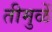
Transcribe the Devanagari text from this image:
तीमुळें